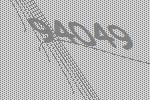
94049